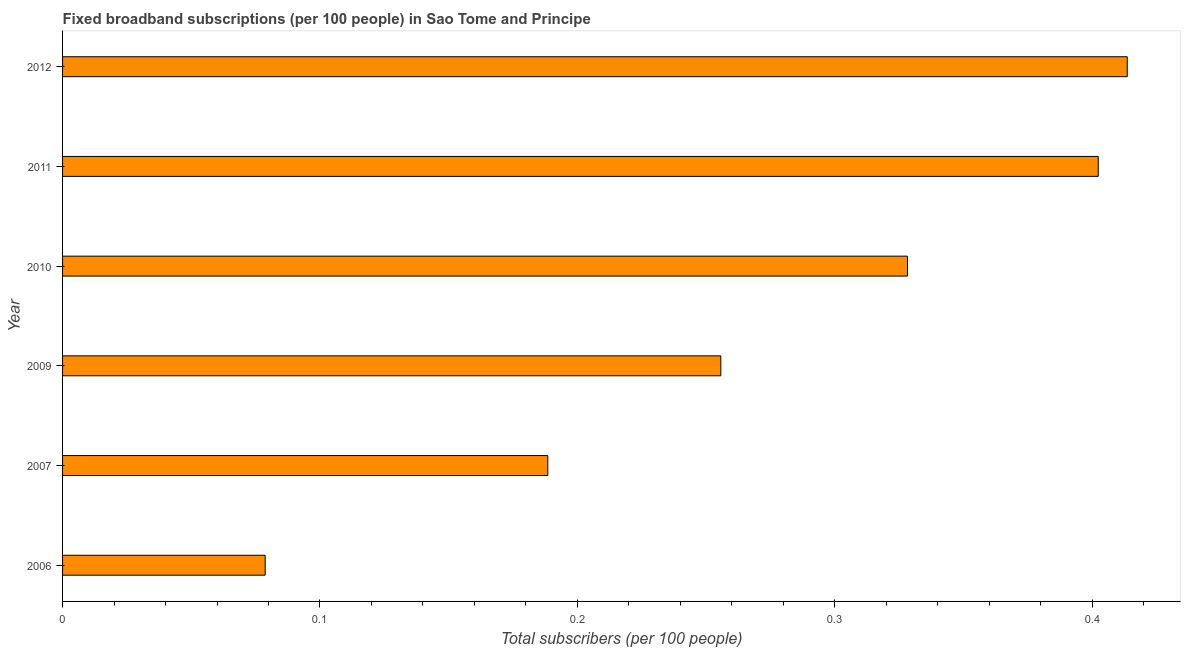
| Year | Fixed broadband subscriptions (per 100 people) |
 | --- | --- |
 | 2006 | 0.0787 |
 | 2007 | 0.189 |
 | 2009 | 0.256 |
 | 2010 | 0.328 |
 | 2011 | 0.402 |
 | 2012 | 0.414 |